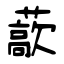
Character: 藃